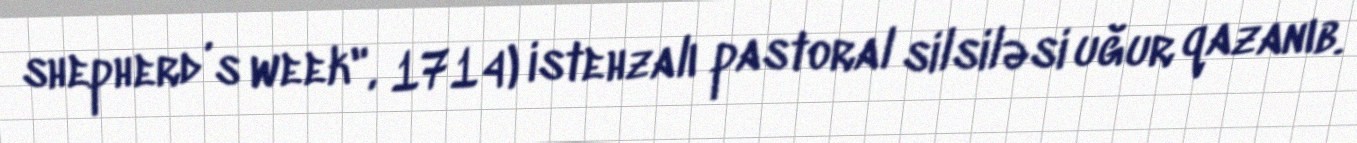
shepherd’s week", 1714) istehzalı pastoral silsiləsi uğur qazanıb.